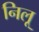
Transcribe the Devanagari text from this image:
निलू